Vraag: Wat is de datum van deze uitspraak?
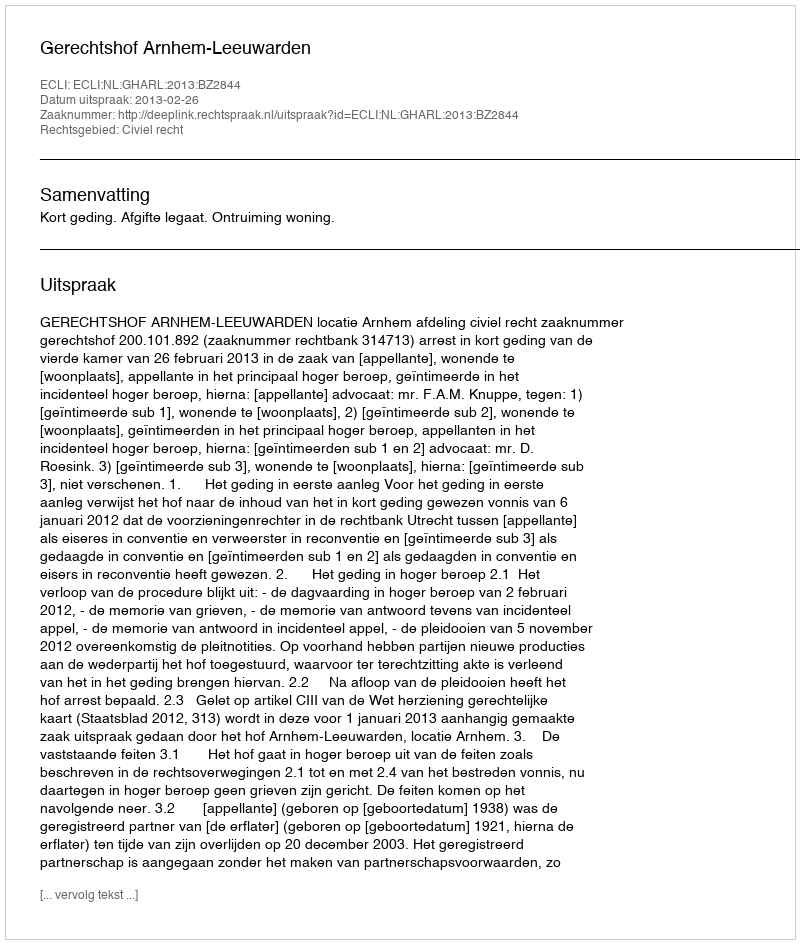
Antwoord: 2013-02-26